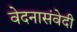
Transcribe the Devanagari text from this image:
वेदनासंवेदी